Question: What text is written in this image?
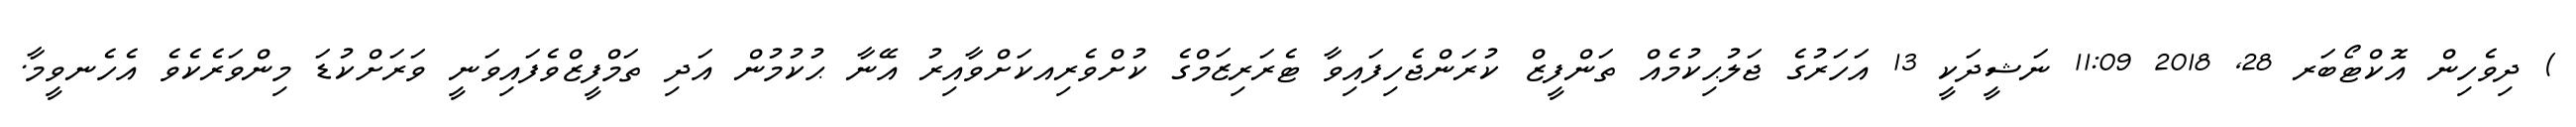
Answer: ) ދިވެހިން އޮކްޓޯބަރ 28, 2018 11:09 ނަޝީދަކީ 13 އަހަރުގެ ޖަލުޙިކުމެއް ތަންފީޒް ކުރަންޖެހިފައިވާ ޓެރަރިޒަމްގެ ކުށްވެރިއކަށްވާއިރު އޭނާ ޙުކުމުން އަދި ތަމްފީޒްވެފައިވަނީ ވަރަށްކުޑަ މިންވަރެކެވެ އެހެނވީމާ.